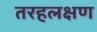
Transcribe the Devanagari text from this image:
तरहलक्षण